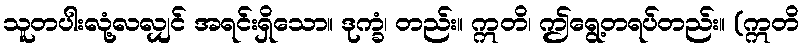
သူတပါးလုံ့လလျှင် အရင်းရှိသော။ ဒုက္ခံ၊ တည်း။ ဣတိ၊ ဤရွေ့တရပ်တည်း။ (ဣတိ